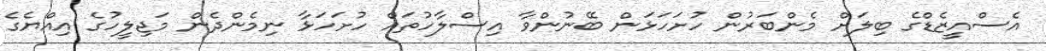
އެސްއީޒެޑްގެ ބިލަށް މެންބަރުން ހުށަހަޅަން ބޭނުންވާ އިސްލާހުތައް ހުށަހަޅާ ނިމެންދެން މަޖިލީހުގެ އިއްޔެގެ